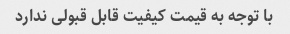
با توجه به قیمت کیفیت قابل قبولی ندارد